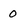
Character: 0